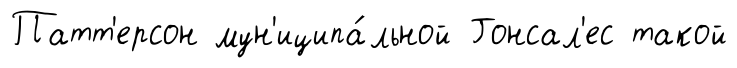
Патт'ерсон мун'иципа́льной Гонсал'ес такой